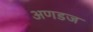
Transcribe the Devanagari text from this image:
अणडज